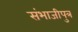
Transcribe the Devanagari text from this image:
संभाजीपुत्र